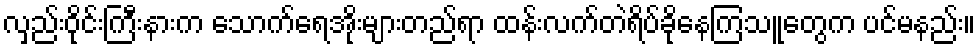
လှည်းဝိုင်းကြီးနားက သောက်ရေအိုးများတည်ရာ ထန်းလက်တဲရိပ်ခိုနေကြသူတွေက ပင်မနည်း။